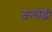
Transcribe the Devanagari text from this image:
जलोढ़ी